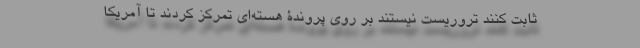
ثابت کنند تروریست نیستند بر روی پروندۀ هسته‌ای تمرکز کردند تا آمریکا